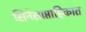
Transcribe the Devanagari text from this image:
सिनेसाप्ताहिकात